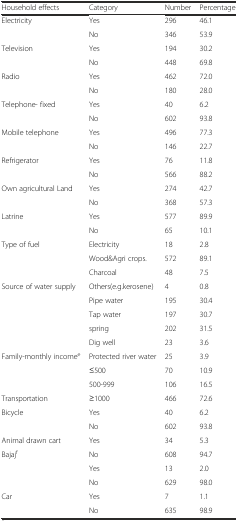
| Household effects | Category | Number | Percentage |
 | --- | --- | --- | --- |
 | Electricity | Yes | 296 | 46.1 |
 |  | No | 346 | 53.9 |
 | Television | Yes | 194 | 30.2 |
 |  | No | 448 | 69.8 |
 | Radio | Yes | 462 | 72.0 |
 |  | No | 180 | 28.0 |
 | Telephone- fixed | Yes | 40 | 6.2 |
 |  | No | 602 | 93.8 |
 | Mobile telephone | Yes | 496 | 77.3 |
 |  | No | 146 | 22.7 |
 | Refrigerator | Yes | 76 | 11.8 |
 |  | No | 566 | 88.2 |
 | Own agricultural Land | Yes | 274 | 42.7 |
 |  | No | 368 | 57.3 |
 | Latrine | Yes | 577 | 89.9 |
 |  | No | 65 | 10.1 |
 | Type of fuel | Electricity | 18 | 2.8 |
 |  | Wood&Agri crops. | 572 | 89.1 |
 |  | Charcoal | 48 | 7.5 |
 | <ROWSPAN=2> Source of water supply | Others(e.g.kerosene) | 4 | 0.8 |
 | Pipe water | 195 | 30.4 |
 |  | Tap water | 197 | 30.7 |
 |  | spring | 202 | 31.5 |
 |  | Dig well | 23 | 3.6 |
 | <ROWSPAN=2> Family-monthly incomee | Protected river water | 25 | 3.9 |
 | ≤500 | 70 | 10.9 |
 |  | 500-999 | 106 | 16.5 |
 | Transportation | ≥1000 | 466 | 72.6 |
 | Bicycle | Yes | 40 | 6.2 |
 |  | No | 602 | 93.8 |
 | Animal drawn cart | Yes | 34 | 5.3 |
 | <ROWSPAN=2> Bajajf | No | 608 | 94.7 |
 | Yes | 13 | 2.0 |
 |  | No | 629 | 98.0 |
 | Car | Yes | 7 | 1.1 |
 |  | No | 635 | 98.9 |